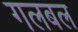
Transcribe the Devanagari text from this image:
गलबल